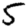
Digit: 5